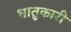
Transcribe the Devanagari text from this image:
धातुकारी